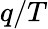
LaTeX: q/T